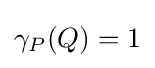
\gamma _{P}(Q)=1